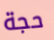
حجة